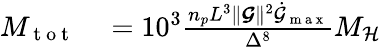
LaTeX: \begin{array}{rl}{M_{\mathrm{~t~o~t~}}}&{{}=10^{3}\frac{n_{p}L^{3}\lVert\boldsymbol{\mathcal{G}}\rVert^{2}\dot{\mathcal{G}}_{\mathrm{~m~a~x~}}}{\Delta^{8}}M_{\mathcal{H}}}\end{array}